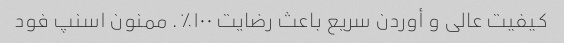
کیفیت عالی و أوردن سریع باعث رضایت ۱۰۰٪. ممنون اسنپ فود